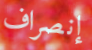
إنصراف